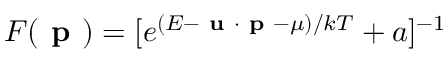
F ( \textbf { p } ) = [ e ^ { ( E - \textbf { u } \cdot \textbf { p } - \mu ) / k T } + a ] ^ { - 1 }